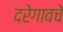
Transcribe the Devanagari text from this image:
दरेगावचे